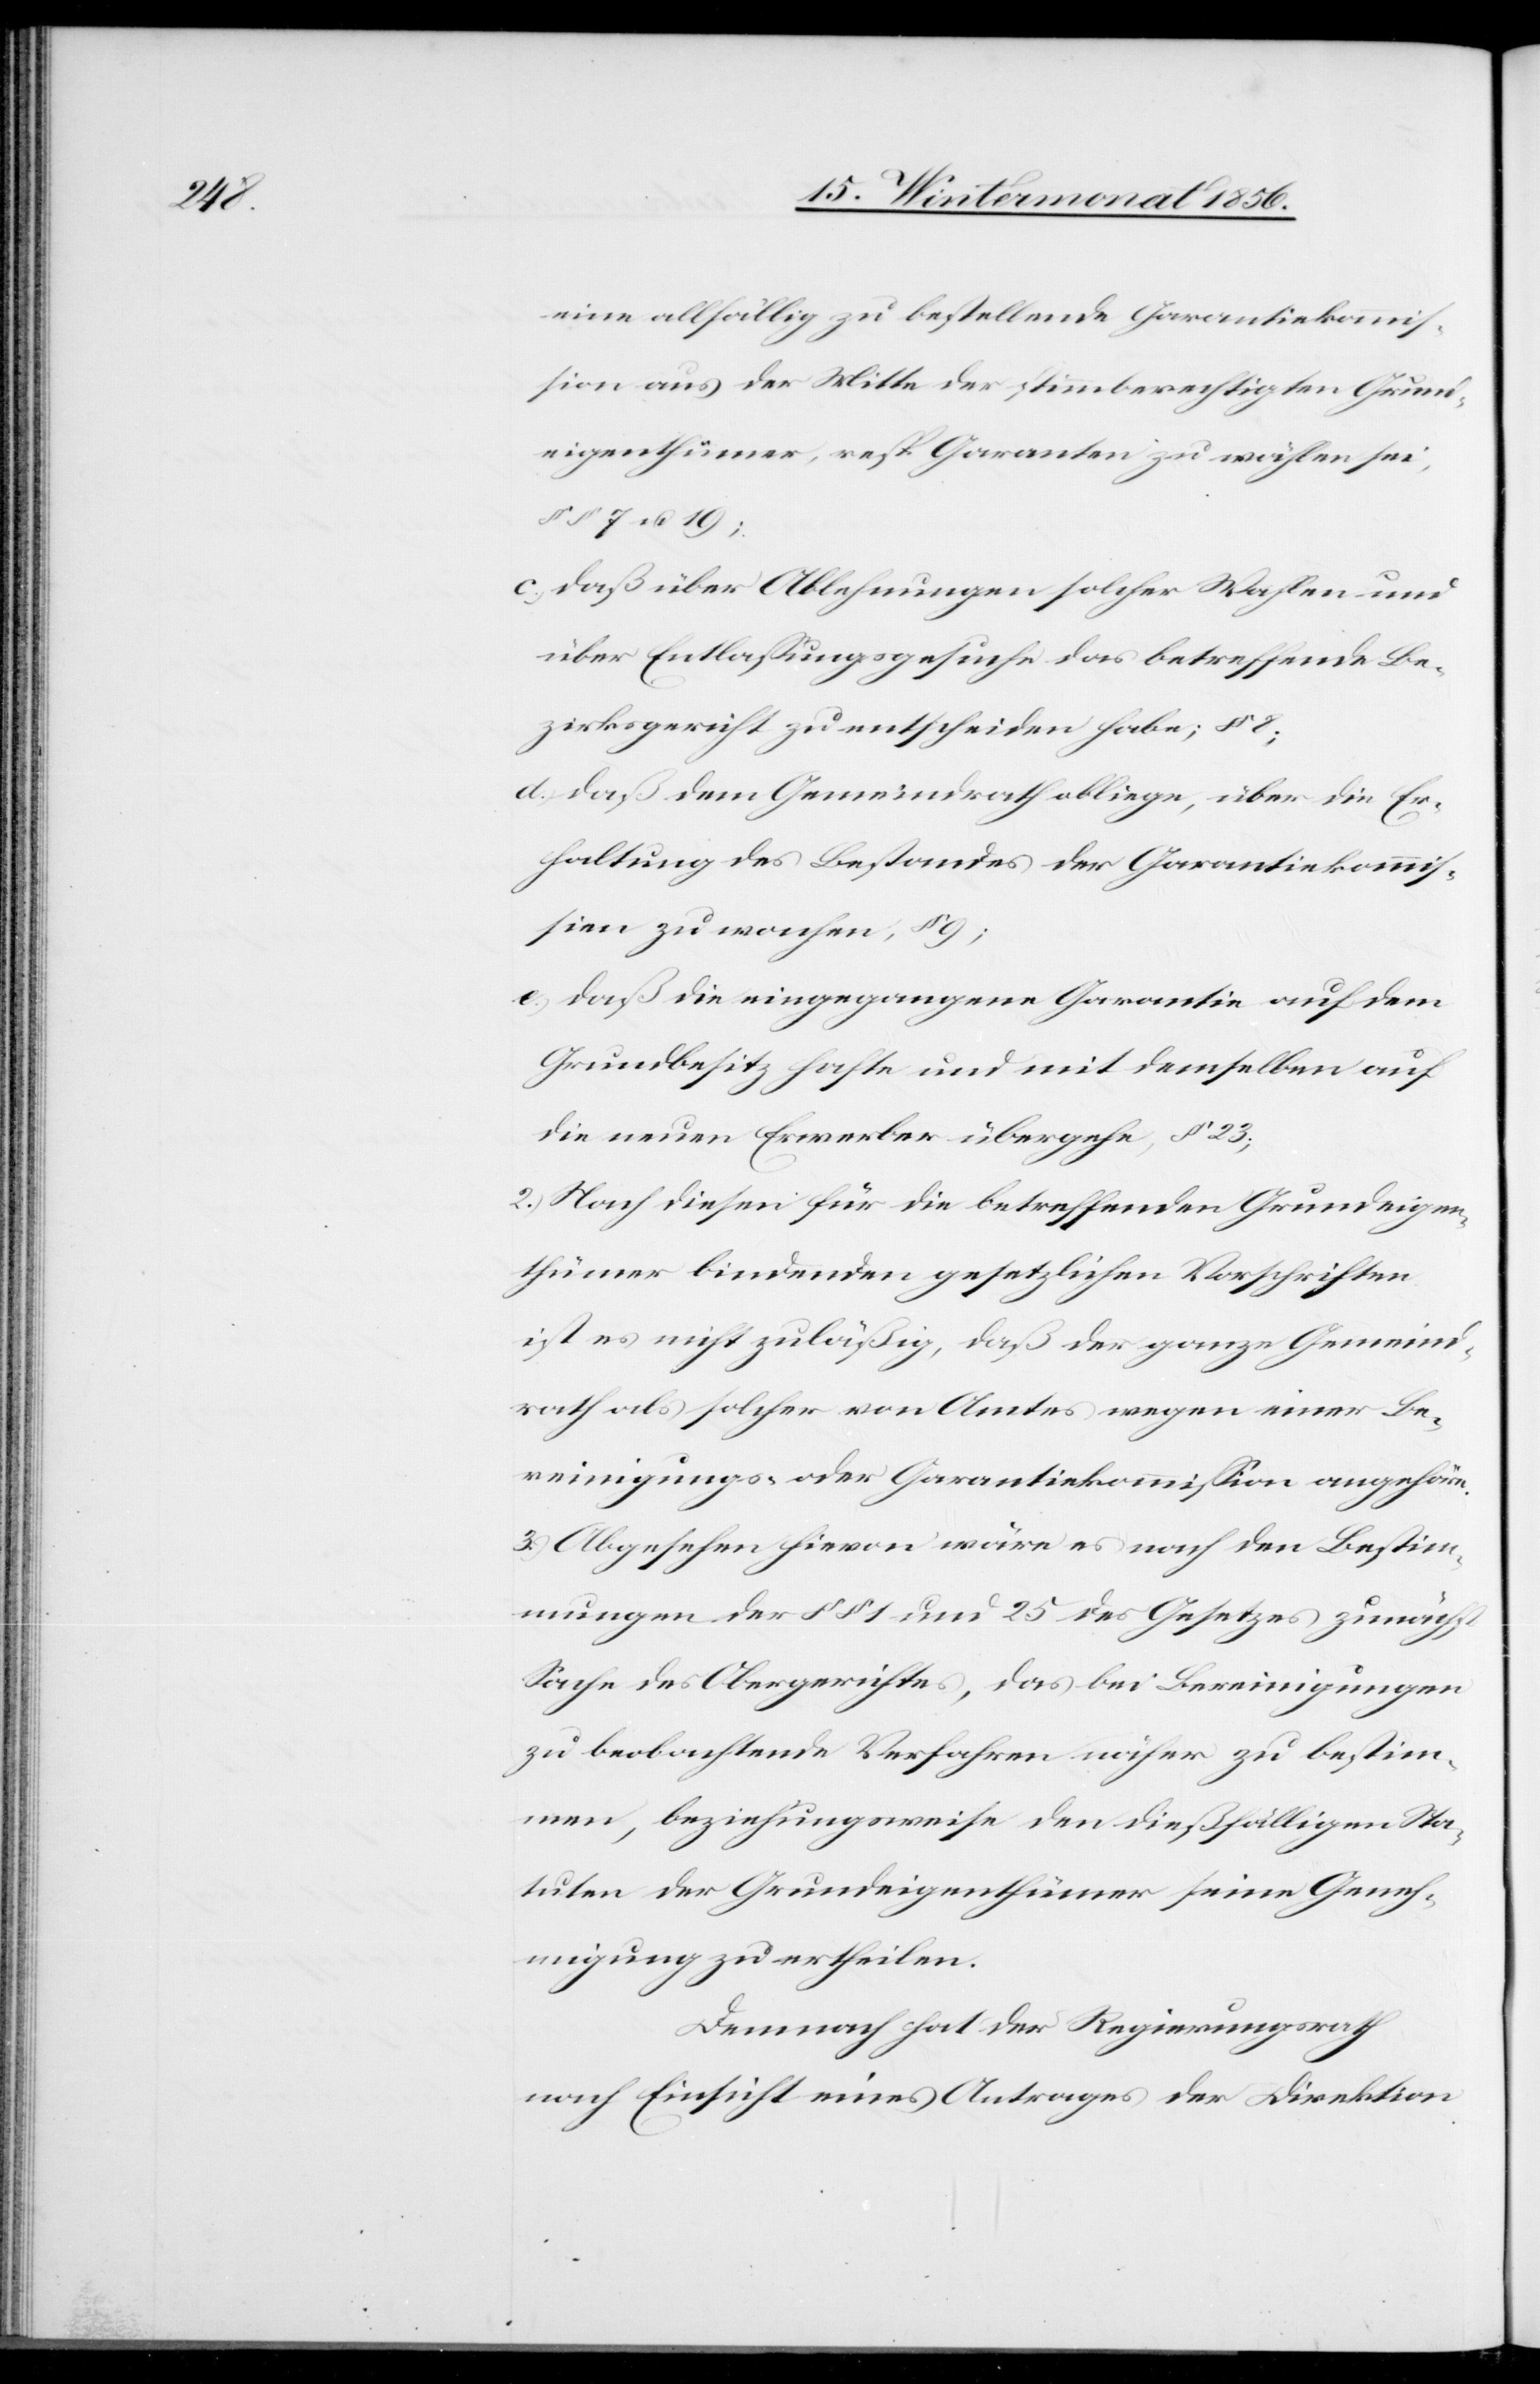
eine allfällig zu bestellende Garantiekommis¬
sion aus der Mitte der stimmberechtigten Grunde¬
igenthümer, resp. Garanten zu wählen sei,
§§ 7 u. 19;
c.) daß über Ablehnungen solcher Wahlen und
über Entlassungsgesuche das betreffende Be¬
zirksgericht zu entscheiden habe; § 8;
d.) daß dem Gemeindrath obliege, über die Er¬
haltung des Bestandes der Garantiekommis¬
sien zu wachen, § 9;
e.) daß die eingegangene Garantie auf dem
Grundbesitz hafte und mit demselben auf
die neuen Erwerber übergehe, § 23;
f.) Nach diesen für die betreffenden Grundeigen¬
thümer bindenden gesetzlichen Vorschriften
ist es nicht zuläßig, daß der ganze Gemeind¬
rath als solcher von Amtes wegen einer Be¬
reinigungs- oder Garantiekommission angehöre.
3.) Abgesehen hievon wäre es nach den Bestim¬
mungen der §§ 1 und 25 des Gesetzes zunächst
Sache des Obergerichtes, das bei Bereinigungen
zu beobachtende Verfahren näher zu bestim¬
men, beziehungsweise den dießfälligen Sta¬
tuten der Grundeigenthümer seine Geneh¬
migung zu ertheilen.
Demnach hat der Regierungsrath
nach Einsicht eines Antrages der Direktion